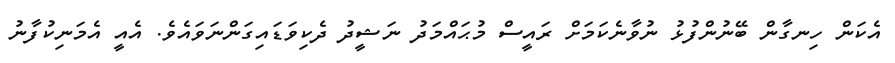
އެކަން ހިނގާން ބޭނުންފުޅު ނުވާނެކަމަށް ރައީސް މުޙައްމަދު ނަޝީދު ދެކިވަޑައިގަންނަވައެވެ. އެއީ އެމަނިކުފާނު